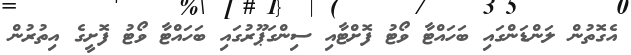
އެގޮތުން ލަންޑަންގައި ބަހައްޓާ ވޯޓު ފޮށްޓާއި ސިންގަޕޫރުގައި ބަހައްޓާ ވޯޓު ފޮށީގެ އިތުރުން